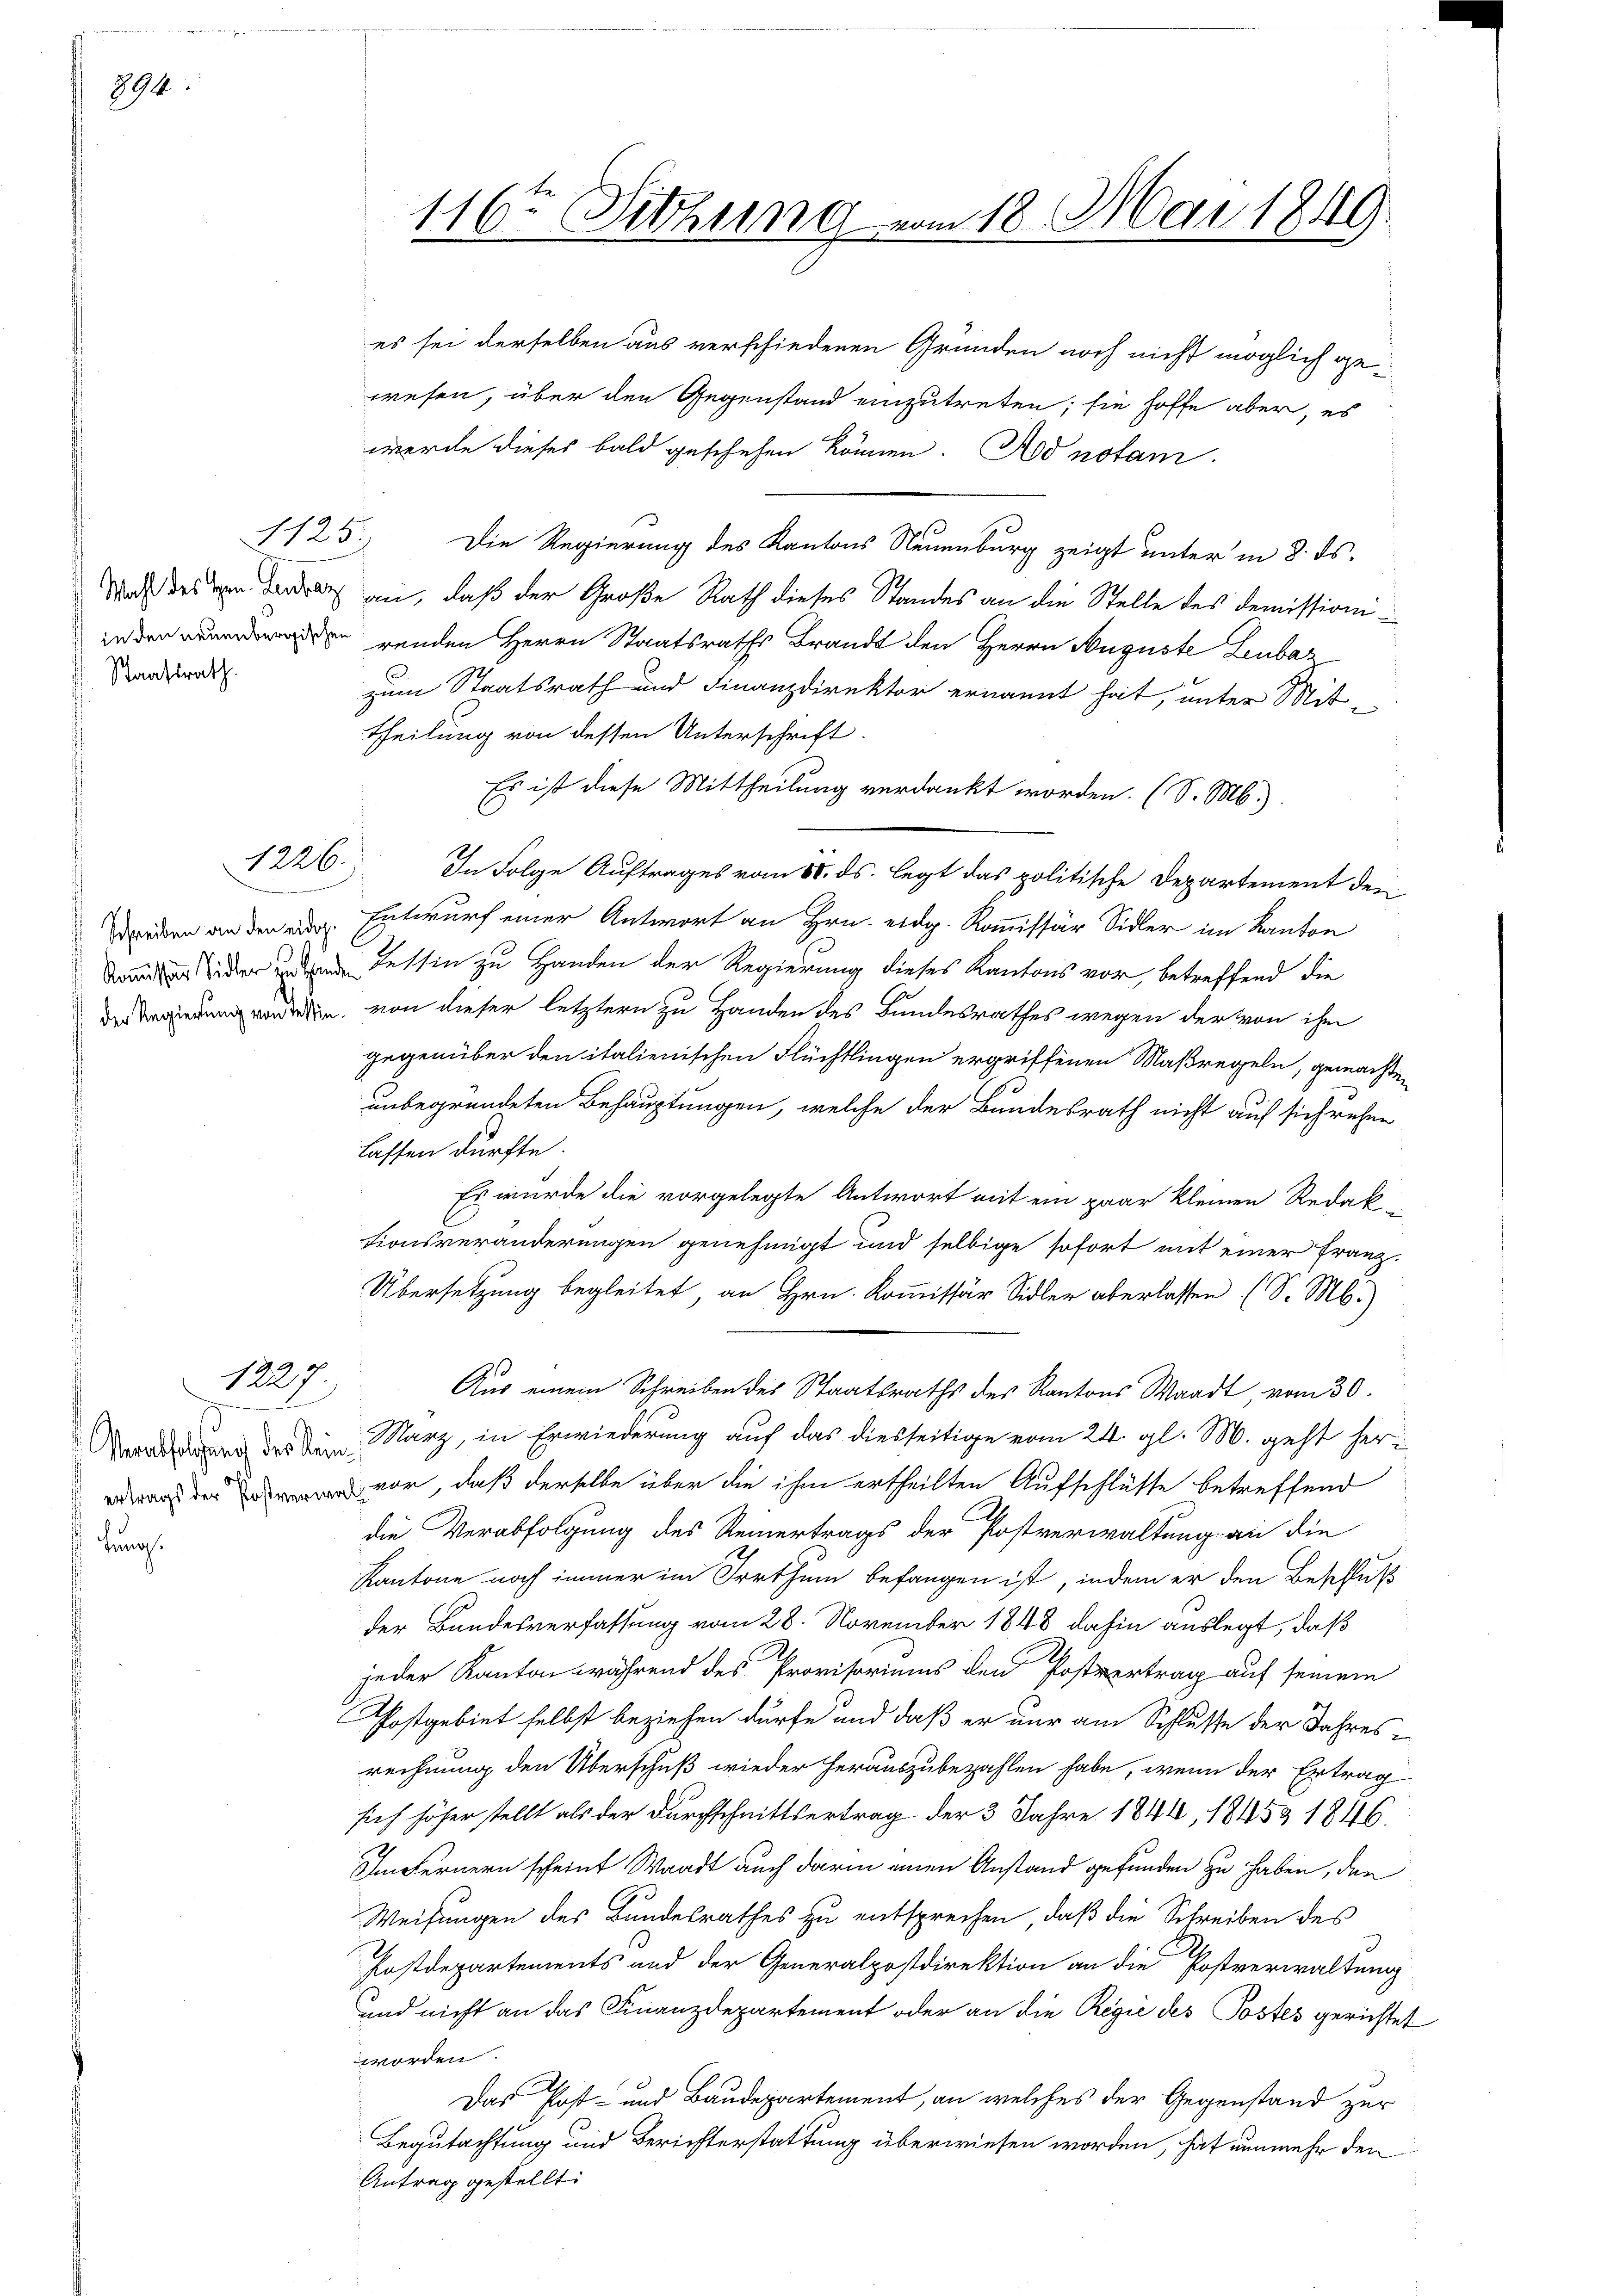
394.

1226.

Wahl des Hrn. Landrat
 Staatsrath

1227.

Verabfolgung der kein
hung

116ten Sitzung vom 18. Mai 1849.

es sei derselben aus verschiedenen Gründen noch nicht möglich gewesen, über den Gegenstand einzutreten; sie hoffe aber, es
werde dieses bald geschehen können. Ad notam
1125. Die Regierung des Kantons Neuenburg zeigt unter in 8. ds.
an, daß der Große Rath dieses Standes an die Stelle des Demissioni
 renden Herrn Staatsraths Brandt den Herrn Auguste Lubaz
zum Staatsrath und Finanzdirektor ernannt hat, unter Mit-
theilung von dessen Unterschrift.
Es ist diese Mittheilung verdankt worden. (S. M.
In Folge Auftrages vom 18. ds. legt das politische Departement der
den Entwurf einer Antwort an Hrn. eidg. Kommissär Sidler im Kanton
 Tessin zu Handen der Regierung dieses Kantons vor, betreffend die
der Regierung werden, von dieser letztern zu Handen des Bundesrathes wegen der von ihm
gegenüber den italienischen Flüchtlingen ergriffenen Maßregeln, gemachten
unbegründeten Behauptungen, welche der Bundesrath nicht auf sich rechen
lassen dürfte.
Es wurde die vorgelegte Antwort mit ein paar kleinen Redak-
tionsveränderungen genehmigt und selbige sofort mit einer Franz¬
Übersetzung begleitet, an Hrn. Kommissär Sidler aberlassen (S. M.)
Aus einem Schreiben des Staatsraths des Kantons Waadt, vom 30.
März, in Erwiederung auf das diesseitige vom 24. gl. M. geht herraus der vor, daß derselbe über die ihm ertheilten Aufschlüsse betreffend
die Verabfolgung des Reinertrags der Postverwaltung an die
Kantone noch immer im Irrthum befangen ist, indem er den Beschluß
der Bundesverfassung vom 28. November 1848 dahin auslegt, daß
jeder Kanton während des Provisoriums den Postvertrag auf seinem
Postgebiet selbst beziehen dürfe und daß er nur am Schlusse der Jahresrechnung den Überschuß wieder herauszubezahlen habe, wenn der Ertrag
lich höher stellt als der Durchschnittsertrag der 3 Jahre 1844, 1845 & 1846.
Imfernern scheint Waadt auch darin einen Anstand gefunden zu haben, den
Weisungen des Bundesrathes zu entsprechen, daß die Schreiben des
Postdepartements und der Generalpostdirektion an die Postverwaltung
und nicht an das Finanzdepartement oder an die Regie des Postes gerichtet
worden.
Das Post- und Baudepartement, an welches der Gegenstand zur
Begutachtung und Berichterstattung überwiesen worden, hat nunmehr den
Antrag gestellt: